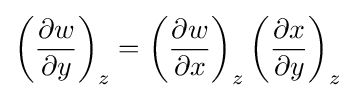
\left({\frac {\partial w}{\partial y}}\right)_{z}=\left({\frac {\partial w}{\partial x}}\right)_{z}\left({\frac {\partial x}{\partial y}}\right)_{z}